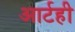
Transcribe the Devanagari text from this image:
आर्टही